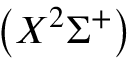
\left( X ^ { 2 } \Sigma ^ { + } \right)